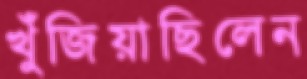
খুঁজিয়াছিলেন